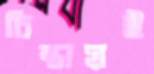
চিন্তায়ই